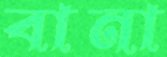
বানা